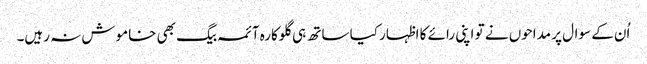
اُن کے سوال پر مداحوں نے تو اپنی رائے کا اظہار کیا ساتھ ہی گلوکارہ آئمہ بیگ بھی خاموش نہ رہیں۔